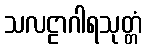
သလဠာဂါရသုတ္တံ